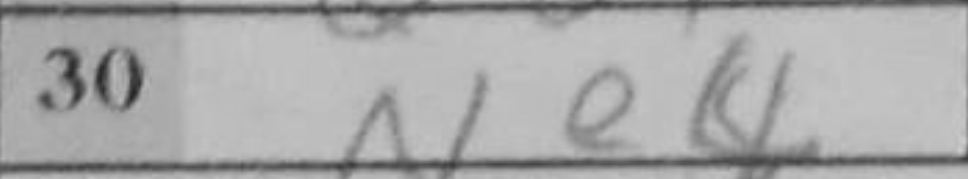
Transcription: Ne4